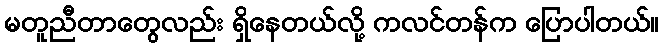
မတူညီတာတွေလည်း ရှိနေတယ်လို့ ကလင်တန်က ပြောပါတယ်။